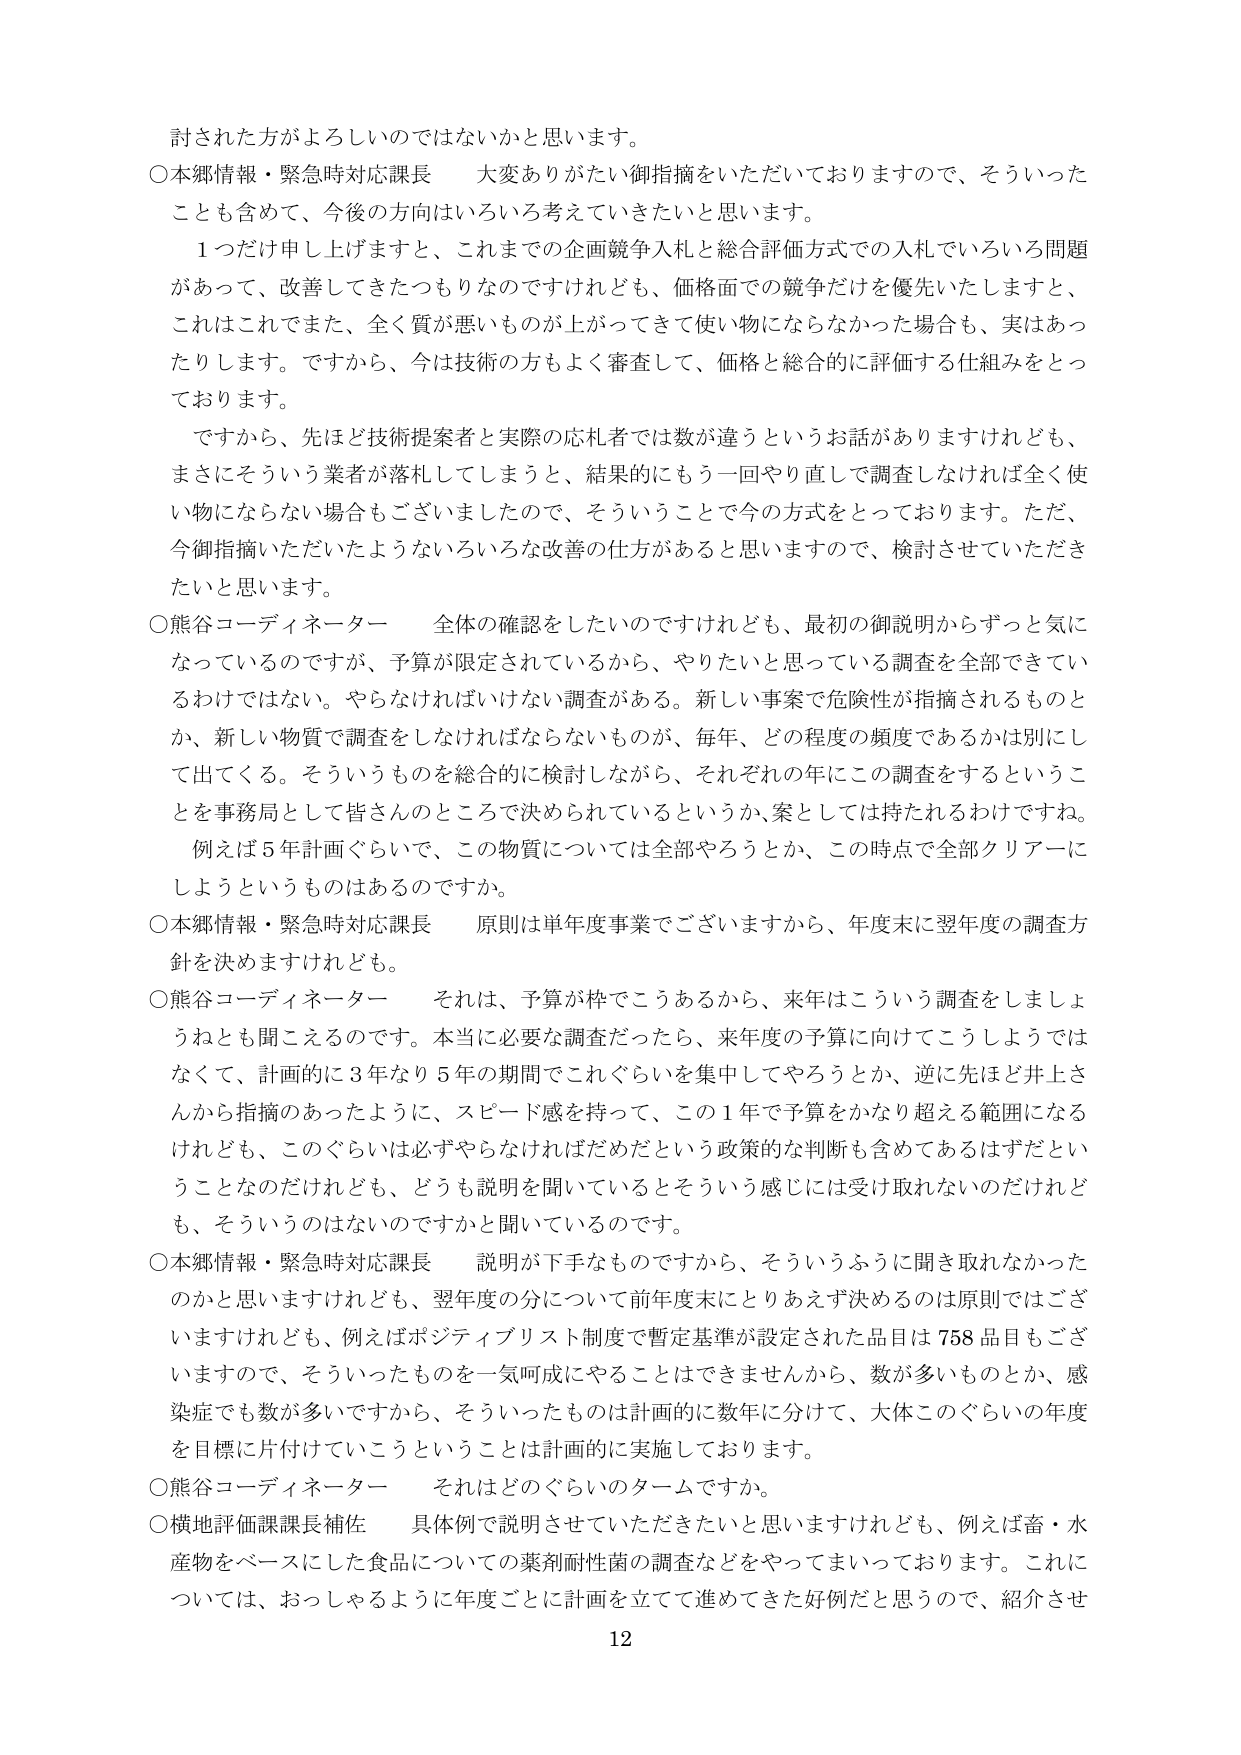
討された方がよろしいのではないかと思います。

○本郷情報・緊急時対応課長　大変ありがたい御指摘をいただいておりますので、そういったことも含めて、今後の方向はいろいろ考えていきたいと思います。

　１つだけ申し上げますと、これまでの企画競争入札と総合評価方式での入札でいろいろ問題があって、改善してきたつもりなのですがけれども、価格面での競争だけを優先いたしますと、これはこれでまた、全く質が悪いものが上がってきてしまい物にならなかった場合も、実はあったりします。ですから、今は技術の方もよく審査して、価格と総合的に評価する仕組みをとっております。

　ですから、先ほど技術提案者と実際の応札者では数が違うというお話がありますけれども、まさにそういう業者が落札してしまうと、結果的にもう一回やり直して調査しなければ全く使い物にならない場合もございましたので、そういうことで今の方式をとっております。ただ、今御指摘いただいたようないろいろな改善の仕方があると思いますので、検討させていただきたいと思います。

○熊谷コーディネーター　全体の確認をしたいのですけれども、最初の御説明からずっと気になっているのですが、予算が限定されているから、やりたいと思っている調査を全部できているわけではない。やらなければならない調査がある。新しい事案で危険性が指摘されるものとか、新しい物質で調査をしなければならないものが、毎年、どの程度の頻度であるかは別に出てくる。そういうものを総合的に検討しながら、それぞれの年にこの調査をするということを事務局として皆さんのところで決められているというか、案としては持たれるわけですね。

　例えば５年計画ぐらいで、この物質については全部やろうとか、この時点で全部クリアーにしようというものはあるのですか。

○本郷情報・緊急時対応課長　原則は単年度事業でございますから、年度末に翌年度の調査方針を決めますけれども。

○熊谷コーディネーター　それは、予算が枠でこうあるから、来年はこういう調査をしましょうねとも聞こえるのです。本当に必要な調査だったら、来年度の予算に向けてこうしようではなくて、計画的に３年なり５年の期間でこれぐらいを集中してやろうとか、逆に先ほど井上さんから指摘のあったように、スピード感を持って、この１年で予算をかなり超える範囲になるけれども、このぐらいは必ずやらなければだめだという政策的な判断も含めてあるはずだということなのだけれども、どうも説明を聞いているとそういう感じには受け取れないのだけれども、そういうのはないのですかと聞いているのです。

○本郷情報・緊急時対応課長　説明が下手なものですから、そういうふうに聞き取れなかったのかと思いますけれども、翌年度の分について前年度末にとりあえず決めるのは原則ではございますけれども、例えばポジティブリスト制度で暫定基準が設定された品目は７５８品目もございますので、そういったものを一気呵成にやることはできませんから、数が多いものとか、感染症でも数が多いですから、そういったものは計画的に数年に分けて、大体このぐらいの年度を目標に片付けていこうということは計画的に実施しております。

○熊谷コーディネーター　それはどのぐらいのタームですか。

○横地評価課課長補佐　具体例で説明させていただきたいと思いますけれども、例えば畜・水産物をベースにした食品についての薬剤耐性菌の調査などをやってまいっております。これについては、おっしゃるように年度ごとに計画を立てて進めてきた好例だと思うので、紹介させ

12